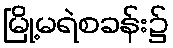
မြို့မရဲစခန်း၌